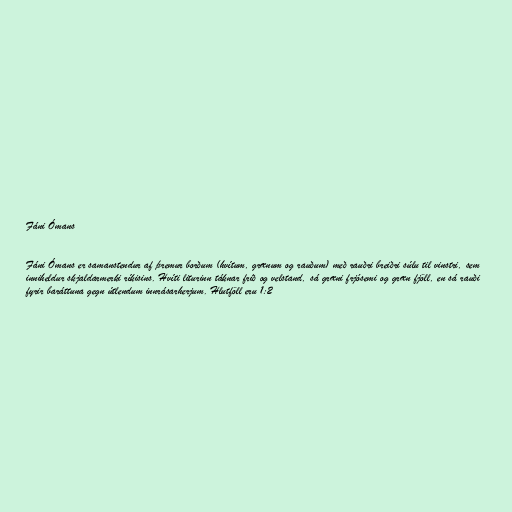
Fáni Ómans

Fáni Ómans er samanstendur af þremur borðum (hvítum, grænum og rauðum) með rauðri breiðri súlu til vinstri, sem
inniheldur skjaldarmerki ríkisins. Hvíti liturinn táknar frið og velstand, sá græni frjósemi og græn fjöll, en sá rauði
fyrir baráttuna gegn útlendum innrásarherjum. Hlutföll eru 1:2